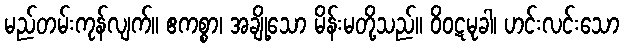
မည်တမ်းကုန်လျက်။ ဧကစ္စာ၊ အချို့သော မိန်းမတို့သည်။ ဝိဝဋမုခါ၊ ဟင်းလင်းသော